Annual report of the Prince of Wales Medical College, Patna
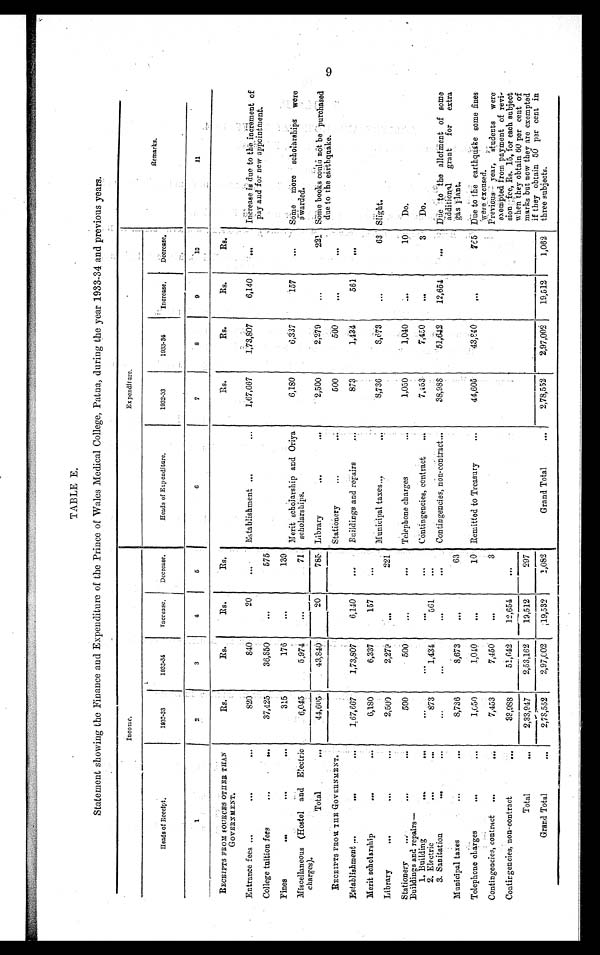
TABLE E.
Statement showing the Finance and Expenditure of the Prince of Wales Medical College, Patna, during the year 1933-34 and previous years.
Income.
Expenditure.
Remarks.
Heads of Receipt.
1932-33
1 9 3 3 - 3 4
Increase.
Decrease.
Heads of Expenditure.
1932-33
1933-34
Increase.
Decrease.
1
2
3
4
5
6
7
8
9
10
11
RECEIPTS FROM SOURCES OTHER THAN
GOVERNMENT.
Rs.
Rs.
Rs.
Rs.
Rs.
Rs.
Rs.
Rs.
Entrance fees ...
. . .
. . .
820
840
20
. . . Establishment ...
...
1,67,667
1,73,807
6,140
. . .
Increase is due to the increment of
pay and for new appointment.
College tuition fees
...
...
37,425
36,850
. . .
575
Fines
. . .
. . .
. . .
315
176
...
139
Merit
sc
holarship and Oriya
scholarships.
6,180
6,337
157
...
Some more scholarships were
awarded.
Miscellaneous (Hostel and Electric
charges).
6,045
5,974
...
71
Total
. . .
4 4 , 6 0 5 43,840
20
7 8 5 Library
. . .
...
2,500
2,279
...
221 Some books could not be purchased
due to the earthquake.
RECEIPTS FROM THE GOVERNMENT.
Stationery
. . .
...
500
500
. . . . . .
Establishment ...
...
. . .
1,67,667
1,73,807
6,140
. . . Buildings and repairs
...
873
1,434
561
...
Merit scholarship
...
...
6,180
6,337
157
. . .
Municipal taxes ...
...
8,736
8,673
...
63 Slight.
Library
...
...
. . .
2,500
2,279
...
221
Stationery
. . .
...
...
500
500
...
. . . Telephone charges
...
1,050
1,040
...
10
Do.
Buildings and repairs—
1. Building
. . .
. . .
. . .
. . .
. . . ...
Contingencies, contract
...
7 , 4 5 3
7,450
...
3 Do.
2.
El
ectric
. . .
. . .
873
1,434
561
. . .
3. Sanitation
...
. . .
...
. . .
. . .
. . . Contingencies, non-contract ...
38,988
51,642
12,654
. . .
Due to the allotments of some
additional grant for extra
gas plant.
Municipal taxes
...
. . .
8,736
8,673
...
63
Telephone charges
...
...
1,050
1,040
...
10 Remitted to Treasury
...
44,605
4 3 , 8 4 0
...
765 Due to the earthquake some fines
were excused.
Contingencies, contract ...
. . .
7,453
7,450
. . .
3
Previous year, students were
exempted from payment of revi-
sion fee, Rs. 15, for each subject
when they obtain 60 per cent of
marks but now they are exempted
if they obtain 50 per cent in
three subjects.
Contingencies, non-contract
. . .
38,988
51,642
1 2 , 6 5 4
. . .
Total
. . .
2,33,947
2,53,162
19,512
297
Grand Total
. . .
2,78,552
2,97,002
1 9 , 5 3 2
1,082
Grand Total
...
2,78,552
2 , 9 7 , 0 0 2
19,512
1,062
9